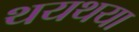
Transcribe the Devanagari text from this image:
थयथया